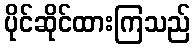
ပိုင်ဆိုင်ထားကြသည်